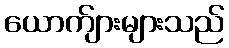
ယောက်ျားများသည်